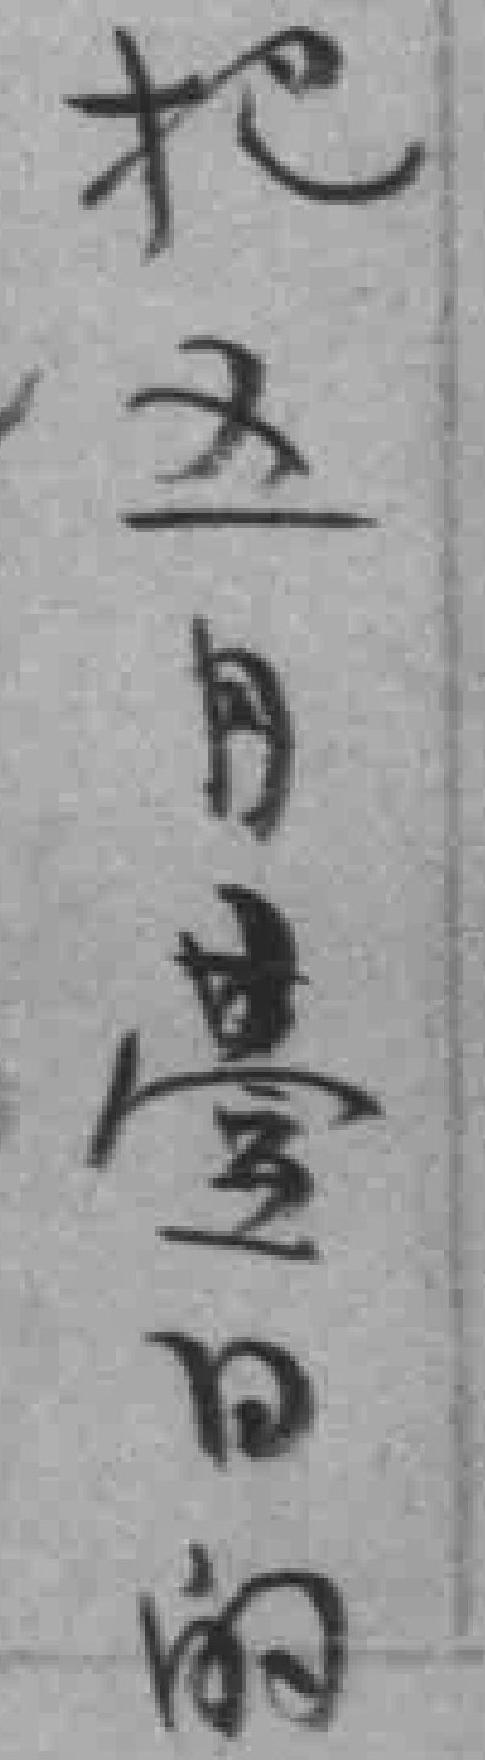
吧五月壹日的